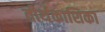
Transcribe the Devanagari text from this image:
तीर्थकाशिका